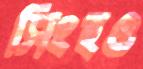
সিংহও